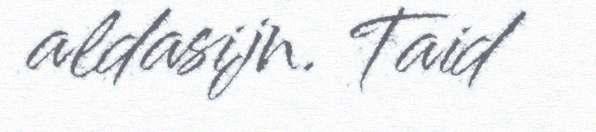
aldasijn. Taid